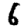
Digit: 6